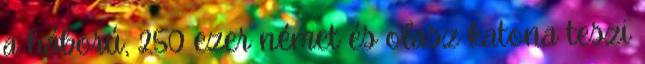
a háború, 250 ezer német és olasz katona teszi